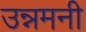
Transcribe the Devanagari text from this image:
उन्नमनी